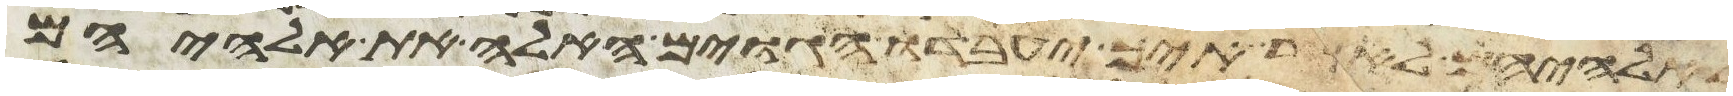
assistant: לאלהיהם לאמר איך יעבדו הגוים האלה את אלהיהם